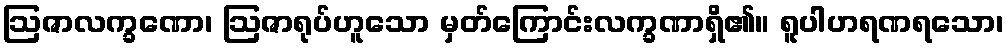
ဩဇာလက္ခဏော၊ ဩဇာရုပ်ဟူသော မှတ်ကြောင်းလက္ခဏာရှိ၏။ ရူပါဟရဏရသော၊